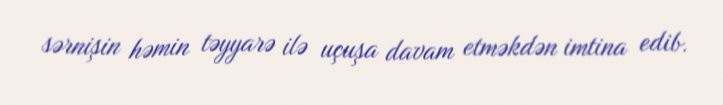
sərnişin həmin təyyarə ilə uçuşa davam etməkdən imtina edib.